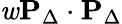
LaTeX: \mathit{w}\mathbf{{P}}_{\Delta}\cdot\mathbf{{P}}_{\Delta}